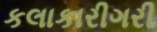
કલાકારીગરી